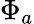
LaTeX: \Phi_{a}